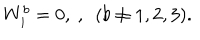
LaTeX: W _ { i } ^ { b } = 0 , \ , \ \ ( b \ne 1 , 2 , 3 ) .